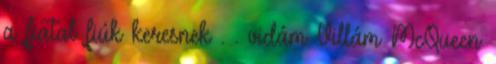
a fiatal fiúk keresnek . . vidám Villám McQueen